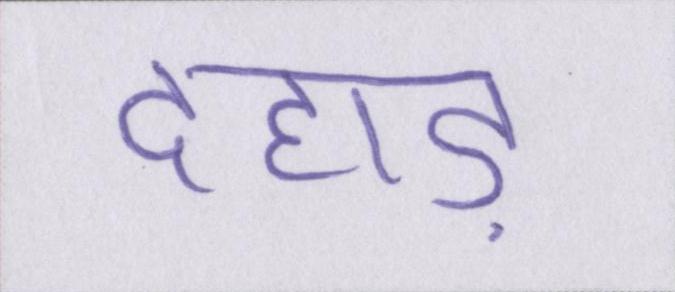
दहाड़